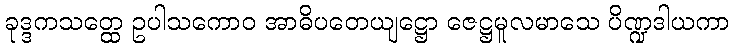
ခုဒ္ဒကသတ္ထေ ဥပါသကောဝ အာဓိပတေယျဋ္ဌော ဇေဋ္ဌမူလမာသေ ပိဏ္ဍဒါယကာ